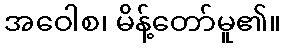
အဝေါစ၊ မိန့်တော်မူ၏။